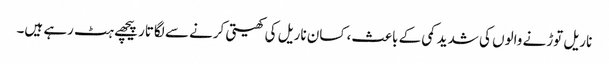
ناریل توڑنے والوں کی شدید کمی کے باعث، کسان ناریل کی کھیتی کرنے سے لگاتار پیچھے ہٹ رہے ہیں۔